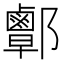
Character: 𨟜